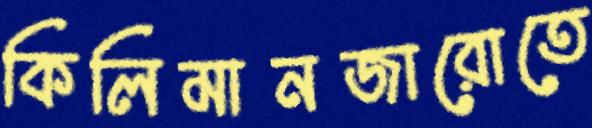
কিলিমানজারোতে